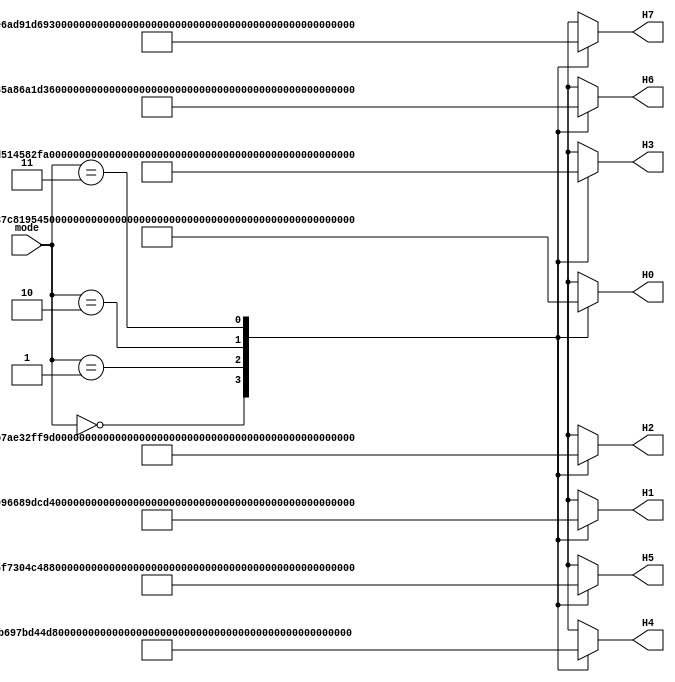
//======================================================================
//
// sha512_h_constants.v
// ---------------------
// The H initial constants for the different modes in SHA-512.
//
//
// Copyright (c) 2014, NORDUnet A/S
// All rights reserved.
// 
// Redistribution and use in source and binary forms, with or without
// modification, are permitted provided that the following conditions are
// met:
// - Redistributions of source code must retain the above copyright notice,
//   this list of conditions and the following disclaimer.
//
// - Redistributions in binary form must reproduce the above copyright
//   notice, this list of conditions and the following disclaimer in the
//   documentation and/or other materials provided with the distribution.
//
// - Neither the name of the NORDUnet nor the names of its contributors may
//   be used to endorse or promote products derived from this software
//   without specific prior written permission.
//
// THIS SOFTWARE IS PROVIDED BY THE COPYRIGHT HOLDERS AND CONTRIBUTORS "AS
// IS" AND ANY EXPRESS OR IMPLIED WARRANTIES, INCLUDING, BUT NOT LIMITED
// TO, THE IMPLIED WARRANTIES OF MERCHANTABILITY AND FITNESS FOR A
// PARTICULAR PURPOSE ARE DISCLAIMED. IN NO EVENT SHALL THE COPYRIGHT
// HOLDER OR CONTRIBUTORS BE LIABLE FOR ANY DIRECT, INDIRECT, INCIDENTAL,
// SPECIAL, EXEMPLARY, OR CONSEQUENTIAL DAMAGES (INCLUDING, BUT NOT LIMITED
// TO, PROCUREMENT OF SUBSTITUTE GOODS OR SERVICES; LOSS OF USE, DATA, OR
// PROFITS; OR BUSINESS INTERRUPTION) HOWEVER CAUSED AND ON ANY THEORY OF
// LIABILITY, WHETHER IN CONTRACT, STRICT LIABILITY, OR TORT (INCLUDING
// NEGLIGENCE OR OTHERWISE) ARISING IN ANY WAY OUT OF THE USE OF THIS
// SOFTWARE, EVEN IF ADVISED OF THE POSSIBILITY OF SUCH DAMAGE.
//
//======================================================================

module sha512_h_constants(
                          input wire  [1 : 0]  mode,

                          output wire [63 : 0] H0,
                          output wire [63 : 0] H1,
                          output wire [63 : 0] H2,
                          output wire [63 : 0] H3,
                          output wire [63 : 0] H4,
                          output wire [63 : 0] H5,
                          output wire [63 : 0] H6,
                          output wire [63 : 0] H7
                         );

  //----------------------------------------------------------------
  // Wires.
  //----------------------------------------------------------------
  reg [63 : 0] tmp_H0;
  reg [63 : 0] tmp_H1;
  reg [63 : 0] tmp_H2;
  reg [63 : 0] tmp_H3;
  reg [63 : 0] tmp_H4;
  reg [63 : 0] tmp_H5;
  reg [63 : 0] tmp_H6;
  reg [63 : 0] tmp_H7;


  //----------------------------------------------------------------
  // Concurrent connectivity for ports etc.
  //----------------------------------------------------------------
  assign H0 = tmp_H0;
  assign H1 = tmp_H1;
  assign H2 = tmp_H2;
  assign H3 = tmp_H3;
  assign H4 = tmp_H4;
  assign H5 = tmp_H5;
  assign H6 = tmp_H6;
  assign H7 = tmp_H7;

  
  //----------------------------------------------------------------
  // mode_mux
  //
  // Based on the given mode, the correct H constants are selected.
  //----------------------------------------------------------------
  always @*
    begin : mode_mux
      case(mode)
        0:
          begin
            // SHA-512/224
            tmp_H0 = 64'h8c3d37c819544da2;
            tmp_H1 = 64'h73e1996689dcd4d6;
            tmp_H2 = 64'h1dfab7ae32ff9c82;
            tmp_H3 = 64'h679dd514582f9fcf;
            tmp_H4 = 64'h0f6d2b697bd44da8;
            tmp_H5 = 64'h77e36f7304c48942;
            tmp_H6 = 64'h3f9d85a86a1d36c8;
            tmp_H7 = 64'h1112e6ad91d692a1;
          end

        1:
          begin
            // SHA-512/256
            tmp_H0 = 64'h22312194fc2bf72c; 
            tmp_H1 = 64'h9f555fa3c84c64c2; 
            tmp_H2 = 64'h2393b86b6f53b151; 
            tmp_H3 = 64'h963877195940eabd; 
            tmp_H4 = 64'h96283ee2a88effe3; 
            tmp_H5 = 64'hbe5e1e2553863992; 
            tmp_H6 = 64'h2b0199fc2c85b8aa; 
            tmp_H7 = 64'h0eb72ddc81c52ca2;
          end
        
        2:
          begin
            // SHA-384
            tmp_H0 = 64'hcbbb9d5dc1059ed8;
            tmp_H1 = 64'h629a292a367cd507;
            tmp_H2 = 64'h9159015a3070dd17; 
            tmp_H3 = 64'h152fecd8f70e5939; 
            tmp_H4 = 64'h67332667ffc00b31; 
            tmp_H5 = 64'h8eb44a8768581511; 
            tmp_H6 = 64'hdb0c2e0d64f98fa7; 
            tmp_H7 = 64'h47b5481dbefa4fa4;
          end
        
        3:
          begin
            // SHA-512
            tmp_H0 = 64'h6a09e667f3bcc908;
            tmp_H1 = 64'hbb67ae8584caa73b;
            tmp_H2 = 64'h3c6ef372fe94f82b; 
            tmp_H3 = 64'ha54ff53a5f1d36f1; 
            tmp_H4 = 64'h510e527fade682d1; 
            tmp_H5 = 64'h9b05688c2b3e6c1f; 
            tmp_H6 = 64'h1f83d9abfb41bd6b; 
            tmp_H7 = 64'h5be0cd19137e2179;  
          end
      endcase // case (addr)
    end // block: mode_mux
endmodule // sha512_h_constants

//======================================================================
// sha512_h_constants.v
//======================================================================